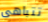
تتباهى